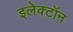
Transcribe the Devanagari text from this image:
इलेक्‍टॉन